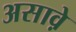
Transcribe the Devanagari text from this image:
असाव़े